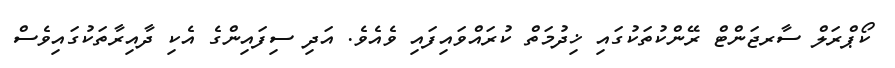
ކޯޕްރަލް ސާރޖަންޓް ރޭންކުތަކުގައި ޚިދުމަތް ކުރައްވައިފައި ވެއެވެ. އަދި ސިފައިންގެ އެކި ދާއިރާތަކުގައިވެސް